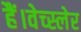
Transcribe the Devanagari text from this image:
हैं।वेच्स्लेर